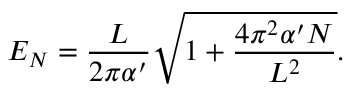
E _ { N } = \frac { L } { 2 \pi \alpha ^ { \prime } } \sqrt { 1 + \frac { 4 \pi ^ { 2 } \alpha ^ { \prime } N } { L ^ { 2 } } } .